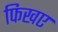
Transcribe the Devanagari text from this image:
फिखए